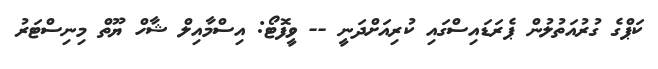
ކަޕްގެ ގުރުއަތުލުން ޕެރަޑައިސްގައި ކުރިއަށްދަނީ -- ވީފޮޓޯ: އިސްމާއިލް ޝާހް ޔޫތް މިނިސްޓަރު